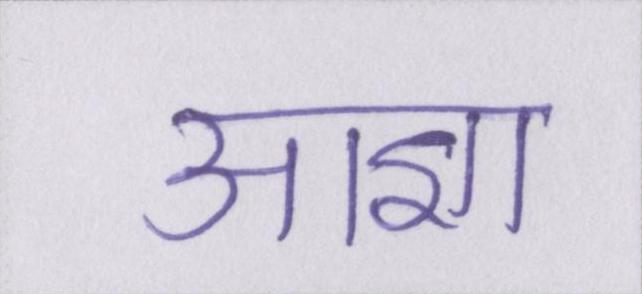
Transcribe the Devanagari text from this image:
आज्ञा